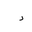
Letter: _dal